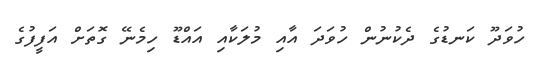
ހުވަދޫ ކަނޑުގެ ދެކުނުން ހުވަދަ އާއި މުލަކާއި އައްޑޫ ހިމެނޭ ގޮތަށް އަފީފުގެ